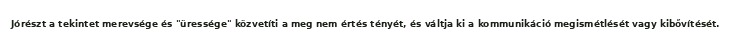
Jórészt a tekintet merevsége és "üressége" közvetíti a meg nem értés tényét, és váltja ki a kommunikáció megismétlését vagy kibővítését.